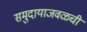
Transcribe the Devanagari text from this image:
समुदायाजवळची